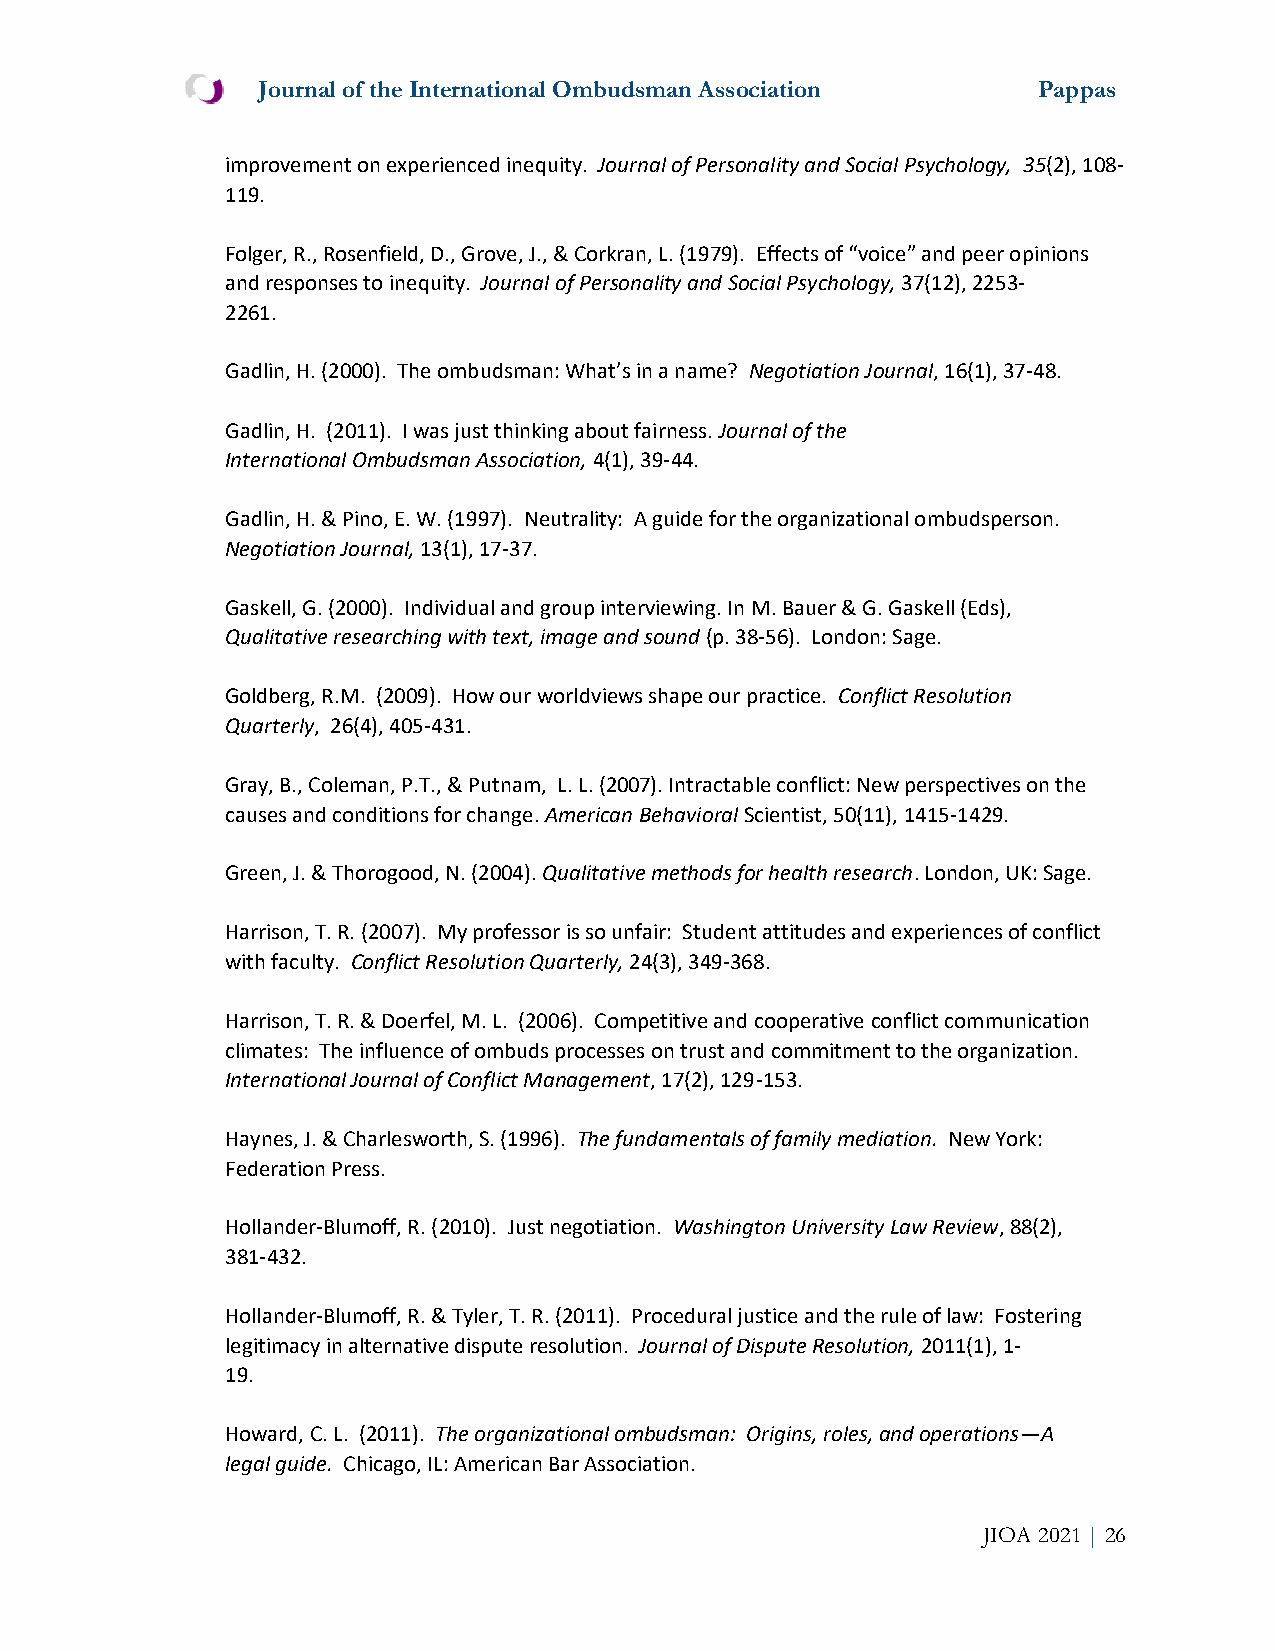
Journal of the International Ombudsman Association  Pappas
 improvement on experienced inequity. Journal of Personality and Social Psychology, 35(2), 108-
 119.
 Folger, R., Rosenfield, D., Grove, J., & Corkran, L. (1979). Effects of “voice” and peer opinions
 and responses to inequity. Journal of Personality and Social Psychology, 37(12), 2253-
 2261.
 Gadlin, H. (2000). The ombudsman: What’s in a name? Negotiation Journal, 16(1), 37-48.
 Gadlin, H. (2011). I was just thinking about fairness. Journal of the
 International Ombudsman Association, 4(1), 39-44.
 Gadlin, H. & Pino, E. W. (1997). Neutrality: A guide for the organizational ombudsperson.
 Negotiation Journal, 13(1), 17-37.
 Gaskell, G. (2000). Individual and group interviewing. In M. Bauer & G. Gaskell (Eds),
 Qualitative researching with text, image and sound (p. 38-56). London: Sage.
 Goldberg, R.M. (2009). How our worldviews shape our practice. Conflict Resolution
 Quarterly, 26(4), 405-431.
 Gray, B., Coleman, P.T., & Putnam, L. L. (2007). Intractable conflict: New perspectives on the
 causes and conditions for change. American Behavioral Scientist, 50(11), 1415-1429.
 Green, J. & Thorogood, N. (2004). Qualitative methods for health research. London, UK: Sage.
 Harrison, T. R. (2007). My professor is so unfair: Student attitudes and experiences of conflict
 with faculty. Conflict Resolution Quarterly, 24(3), 349-368.
 Harrison, T. R. & Doerfel, M. L. (2006). Competitive and cooperative conflict communication
 climates: The influence of ombuds processes on trust and commitment to the organization.
 International Journal of Conflict Management, 17(2), 129-153.
 Haynes, J. & Charlesworth, S. (1996). The fundamentals of family mediation. New York:
 Federation Press.
 Hollander-Blumoff, R. (2010). Just negotiation. Washington University Law Review, 88(2),
 381-432.
 Hollander-Blumoff, R. & Tyler, T. R. (2011). Procedural justice and the rule of law: Fostering
 legitimacy in alternative dispute resolution. Journal of Dispute Resolution, 2011(1), 1-
 19.
 Howard, C. L. (2011). The organizational ombudsman: Origins, roles, and operations—A
 legal guide. Chicago, IL: American Bar Association.
 JIOA 2021 | 26